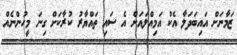
ޒަމާނަށް އައިބަދަލާ އެކު އަމިއްލައަށް އެ ސައި ތައްޔާރު ކުރާކަށް ގިނަ މީހުންނެއް